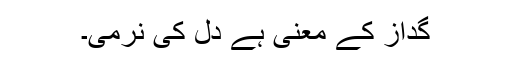
گداز کے معنی ہے دل کی نرمی۔